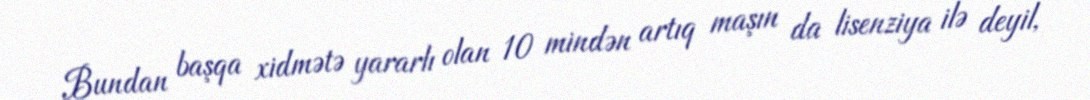
Bundan başqa xidmətə yararlı olan 10 mindən artıq maşın da lisenziya ilə deyil,